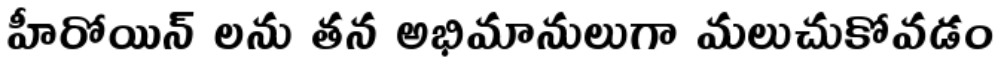
హీరోయిన్ లను తన అభిమానులుగా మలుచుకోవడం